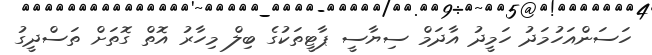
ހަސަންއަހުމަދު ހަމީދު އާދަމް ސިޔާސީ ޕާޓީތަކުގެ ބިލް މިހާރު އޮތް ގޮތަށް ތަސްދީގު